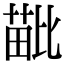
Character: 𣬍